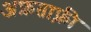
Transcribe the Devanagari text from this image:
अफ्रताफ़्री